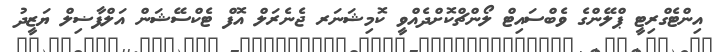
އިންޓެގްރިޓީ ޕްލޭންގެ ވެބްސައިޓް ލޯންޗްކޮށްދެއްވީ ކޮމިޝަނަރ ޖެނެރަލް އޮފް ޓެކްސޭޝަން އަލްފާޟިލް ޔަޒީދު